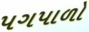
પગપાળો